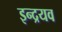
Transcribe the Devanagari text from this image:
इन्द्रयव